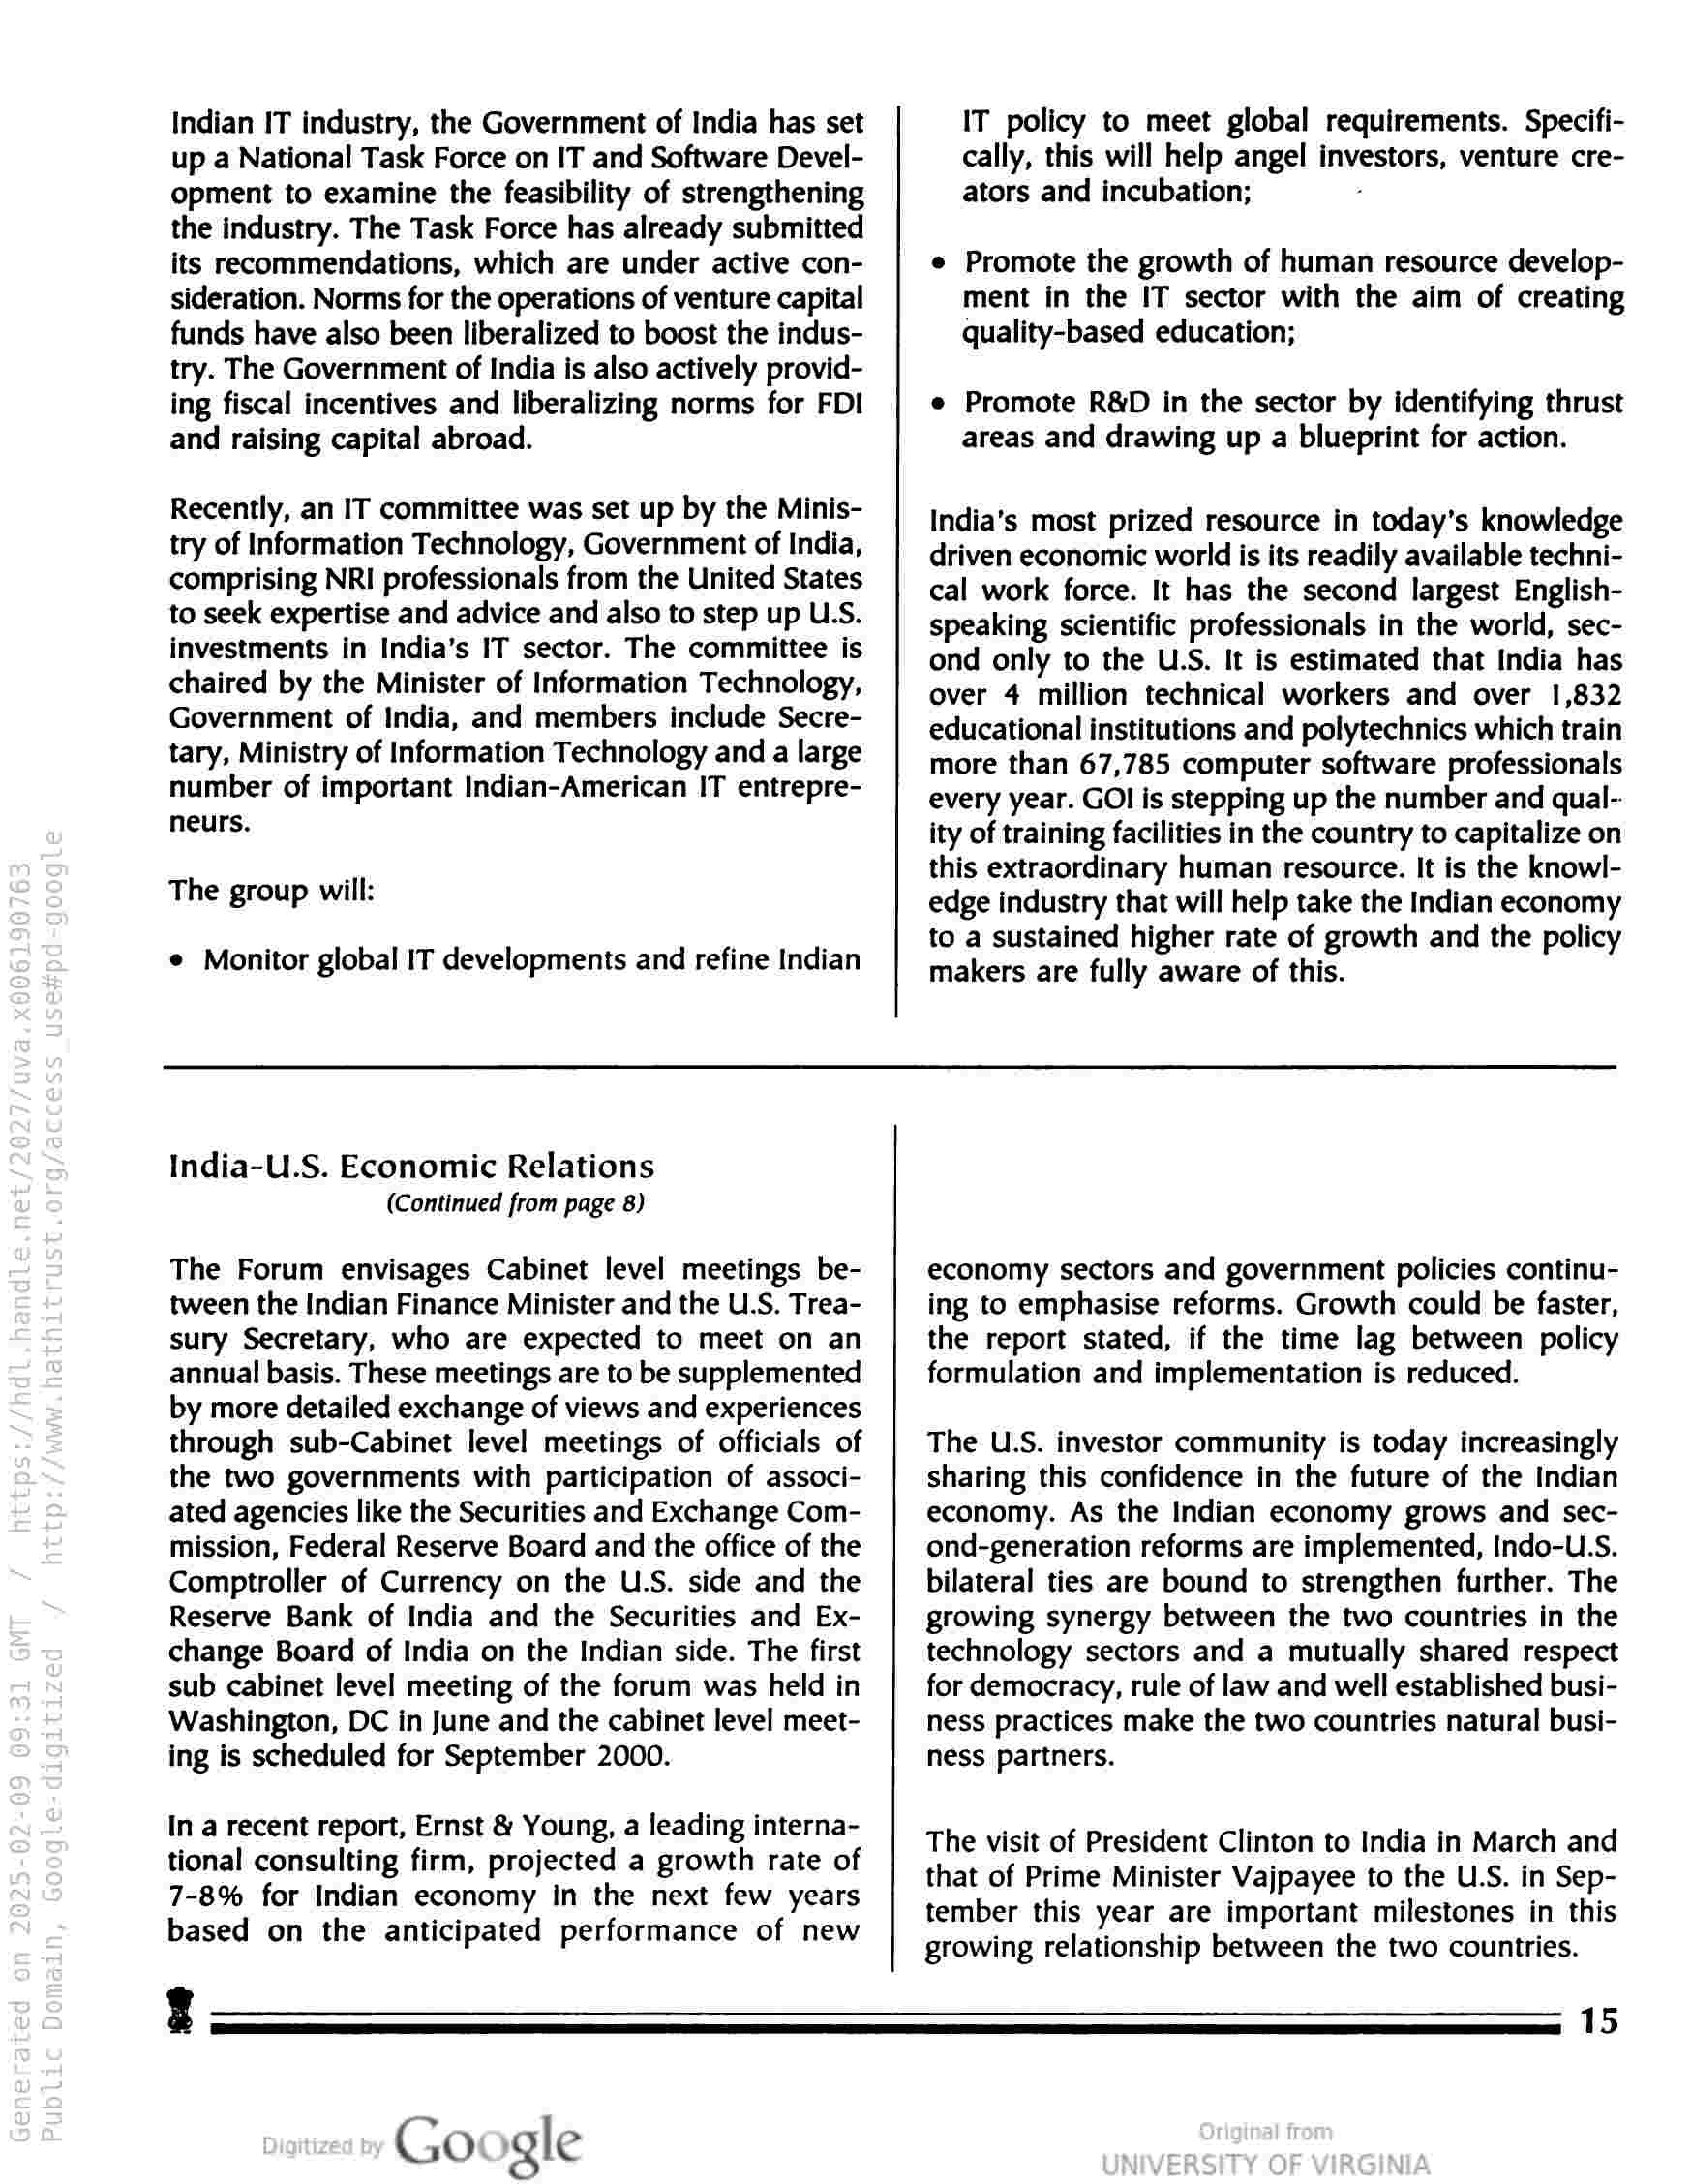
Indian IT industry, the Government of India has set
up a National Task Force on IT and Software Devel-
opment to examine the feasibility of strengthening
the industry. The Task Force has already submitted
its recommendations, which are under active con-
sideration. Norms for the operations of venture capital
funds have also been liberalized to boost the indus-
try. The Government of India is also actively provid-
ing fiscal incentives and liberalizing norms for FDI
and raising capital abroad.

Recently, an IT committee was set up by the Minis-
try of Information Technology, Government of India,
comprising NRI professionals from the United States
to seek expertise and advice and also to step up U.S.
investments in India’s IT sector. The committee is
chaired by the Minister of Information Technology,
Government of India, and members include Secre-
tary, Ministry of Information Technology and a large
number of important Indian-American IT entrepre-
neurs.

The group will:

© Monitor global IT developments and refine Indian

India-U.S. Economic Relations
(Continued from page 8)

The Forum envisages Cabinet level meetings be-
tween the Indian Finance Minister and the U.S. Trea-
sury Secretary, who are expected to meet on an
annual basis. These meetings are to be supplemented
by more detailed exchange of views and experiences
through sub-Cabinet level meetings of officials of
the two governments with participation of associ-
ated agencies like the Securities and Exchange Com-
mission, Federal Reserve Board and the office of the
Comptroller of Currency on the U.S. side and the
Reserve Bank of India and the Securities and Ex-
change Board of India on the Indian side. The first
sub cabinet level meeting of the forum was held in
Washington, DC in June and the cabinet level meet-
ing is scheduled for September 2000.

In a recent report, Ernst & Young, a leading interna-
tional consulting firm, projected a growth rate of
7-8% for Indian economy In the next few years
based on the anticipated performance of new

IT policy to meet global requirements. Specifi-
cally, this will help angel investors, venture cre-
ators and incubation;

e Promote the growth of human resource develop-
ment in the IT sector with the aim of creating
quality-based education;

e Promote R&D in the sector by identifying thrust
areas and drawing up a blueprint for action.

India’s most prized resource in today's knowledge
driven economic world is its readily available techni-
cal work force. It has the second largest English-
speaking scientific professionals in the world, sec-
ond only to the ULS. It is estimated that India has
over 4 million technical workers and over 1,832
educational institutions and polytechnics which train
more than 67,785 computer software professionals
every year. GOI is stepping up the number and qual-.
ity of training facilities in the country to capitalize on
this extraordinary human resource. It is the knowl-
edge industry that will help take the Indian economy
to a sustained higher rate of growth and the policy
makers are fully aware of this.

economy sectors and government policies continu-
ing to emphasise reforms. Growth could be faster,
the report stated, if the time lag between policy
formulation and implementation is reduced.

The U.S. investor community is today increasingly
sharing this confidence in the future of the Indian
economy. As the Indian economy grows and sec-
ond-generation reforms are implemented, Indo-U.S.
bilateral ties are bound to strengthen further. The
growing synergy between the two countries in the
technology sectors and a mutually shared respect
for democracy, rule of law and well established busi-
ness practices make the two countries natural busi-
ness partners.

The visit of President Clinton to India in March and
that of Prime Minister Vajpayee to the U.S. in Sep-
tember this year are important milestones in this
growing relationship between the two countries.

3
Google

15